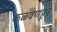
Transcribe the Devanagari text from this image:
कळवणहून